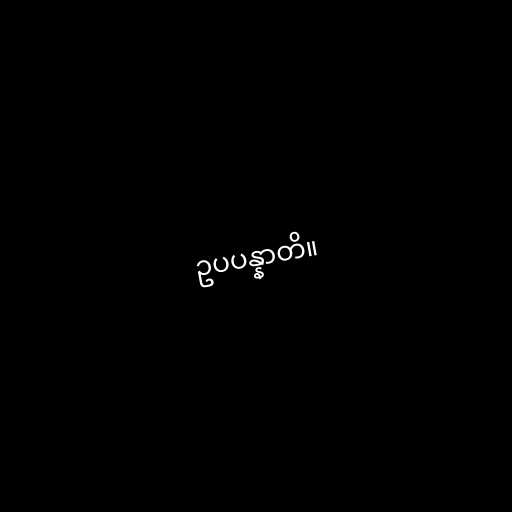
ဥပပန္နာတိ။